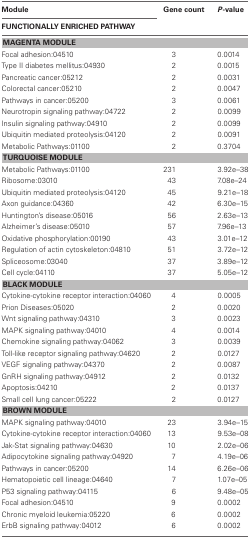
<table><thead><tr><td><b>Module</b></td><td><b>Gene count</b></td><td><b><i>P</i>-value</b></td></tr><tr><td colspan="3"><b>FUNCTIONALLY ENRICHED PATHWAY</b></td></tr></thead><tbody><tr><td colspan="3"><b>MAGENTA MODULE</b></td></tr><tr><td>Focal adhesion:04510</td><td>3</td><td>0.0014</td></tr><tr><td>Type II diabetes mellitus:04930</td><td>2</td><td>0.0015</td></tr><tr><td>Pancreatic cancer:05212</td><td>2</td><td>0.0031</td></tr><tr><td>Colorectal cancer:05210</td><td>2</td><td>0.0047</td></tr><tr><td>Pathways in cancer:05200</td><td>3</td><td>0.0061</td></tr><tr><td>Neurotropin signaling pathway:04722</td><td>2</td><td>0.0099</td></tr><tr><td>Insulin signaling pathway:04910</td><td>2</td><td>0.0099</td></tr><tr><td>Ubiquitin mediated proteolysis:04120</td><td>2</td><td>0.0091</td></tr><tr><td>Metabolic Pathways:01100</td><td>2</td><td>0.3704</td></tr><tr><td colspan="3"><b>TURQUOISE MODULE</b></td></tr><tr><td>Metabolic Pathways:01100</td><td>231</td><td>3.92e–38</td></tr><tr><td>Ribosome:03010</td><td>43</td><td>7.08e–24</td></tr><tr><td>Ubiquitin mediated proteolysis:04120</td><td>45</td><td>9.21e–18</td></tr><tr><td>Axon guidance:04360</td><td>42</td><td>6.30e–15</td></tr><tr><td>Huntington&#x27;s disease:05016</td><td>56</td><td>2.63e–13</td></tr><tr><td>Alzheimer&#x27;s disease:05010</td><td>57</td><td>7.96e–13</td></tr><tr><td>Oxidative phosphorylation:00190</td><td>43</td><td>3.01e–12</td></tr><tr><td>Regulation of actin cytoskeleton:04810</td><td>51</td><td>3.72e–12</td></tr><tr><td>Spliceosome:03040</td><td>37</td><td>3.89e–12</td></tr><tr><td>Cell cycle:04110</td><td>37</td><td>5.05e–12</td></tr><tr><td colspan="3"><b>BLACK MODULE</b></td></tr><tr><td>Cytokine-cytokine receptor interaction:04060</td><td>4</td><td>0.0005</td></tr><tr><td>Prion Diseases:05020</td><td>2</td><td>0.0020</td></tr><tr><td>Wnt signaling pathway:04310</td><td>3</td><td>0.0023</td></tr><tr><td>MAPK signaling pathway:04010</td><td>4</td><td>0.0014</td></tr><tr><td>Chemokine signaling pathway:04062</td><td>3</td><td>0.0039</td></tr><tr><td>Toll-like receptor signaling pathway:04620</td><td>2</td><td>0.0127</td></tr><tr><td>VEGF signaling pathway:04370</td><td>2</td><td>0.0087</td></tr><tr><td>GnRH signaling pathway:04912</td><td>2</td><td>0.0132</td></tr><tr><td>Apoptosis:04210</td><td>2</td><td>0.0137</td></tr><tr><td>Small cell lung cancer:05222</td><td>2</td><td>0.0127</td></tr><tr><td colspan="3"><b>BROWN MODULE</b></td></tr><tr><td>MAPK signaling pathway:04010</td><td>23</td><td>3.94e–15</td></tr><tr><td>Cytokine-cytokine receptor interaction:04060</td><td>13</td><td>9.53e–08</td></tr><tr><td>Jak-Stat signaling pathway:04630</td><td>10</td><td>2.02e–06</td></tr><tr><td>Adipocytokine signaling pathway:04920</td><td>7</td><td>4.19e–06</td></tr><tr><td>Pathways in cancer:05200</td><td>14</td><td>6.26e–06</td></tr><tr><td>Hematopoietic cell lineage:04640</td><td>7</td><td>1.07e–05</td></tr><tr><td>P53 signaling pathway:04115</td><td>6</td><td>9.48e–05</td></tr><tr><td>Focal adhesion:04510</td><td>9</td><td>0.0002</td></tr><tr><td>Chronic myeloid leukemia:05220</td><td>6</td><td>0.0002</td></tr><tr><td>ErbB signaling pathway:04012</td><td>6</td><td>0.0002</td></tr></tbody></table>